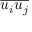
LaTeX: \overline { { u _ { i } u _ { j } } }